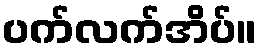
ပက်လက်အိပ်။